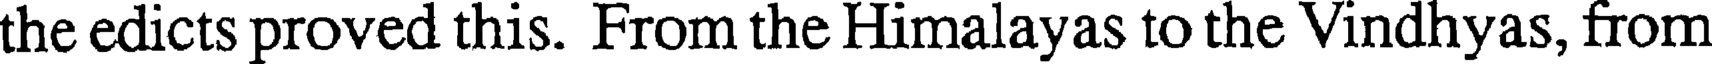
the edicts proved this. From the Himalayas to the Vindhyas, from